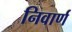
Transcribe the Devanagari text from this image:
निवार्ण